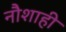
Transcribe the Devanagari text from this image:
नौशाही